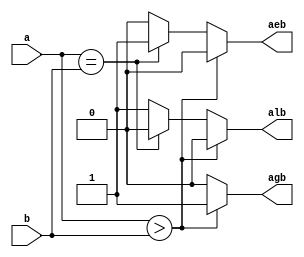
module comp (
    a,
    b,
    agb,
    aeb,
    alb
);
    parameter n = 1;// 
    input [n-1:0] a,b;
    output agb; // ab
    output aeb; // ab
    output alb; // ab
    reg agb, aeb, alb;
    always @(a or b) begin
        if (a > b)  begin
            agb = 1;
            aeb = 0;
            alb = 0;
        end
        else if (a == b) begin
            agb = 0;
            aeb = 1;
            alb = 0;
        end
        else begin
            agb = 0;
            aeb = 0;
            alb = 1;
        end
    end
endmodule